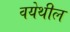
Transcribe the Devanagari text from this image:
वयेथील